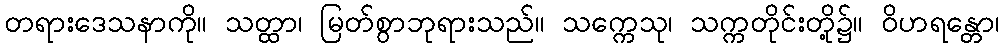
တရားဒေသနာကို။ သတ္ထာ၊ မြတ်စွာဘုရားသည်။ သက္ကေသု၊ သက္ကတိုင်းတို့၌။ ဝိဟရန္တော၊